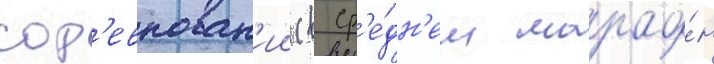
сор'евнован'ии (в ср'е́дн'ем марафо́н